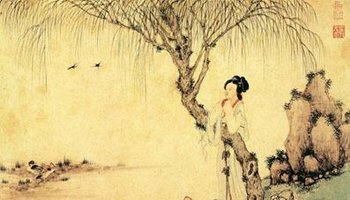
泪眼倚楼频独语。双燕飞来，陌上相逢否？